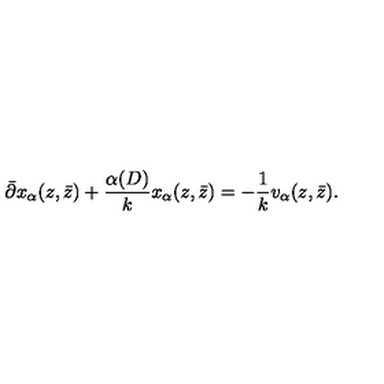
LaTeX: \bar { \partial } x _ { \alpha } ( z , \bar { z } ) + \frac { \alpha ( D ) } { k } x _ { \alpha } ( z , \bar { z } ) = - \frac { 1 } { k } v _ { \alpha } ( z , \bar { z } ) .